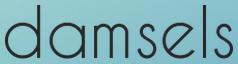
damsels